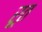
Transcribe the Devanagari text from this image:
रूत